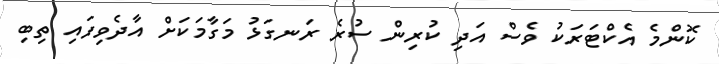
ކޮންމެ އެކްޓަރަކު ވެސް އަދި ކުރިން ސުރެ ރަނގަޅު މަގާމަކަށް އާދެވިފައި ތިބި